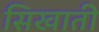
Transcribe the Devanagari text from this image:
सिखाती